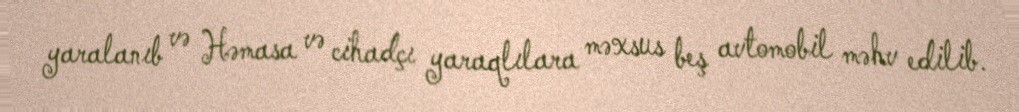
yaralanıb və Həmasa və cihadçı yaraqlılara məxsus beş avtomobil məhv edilib.